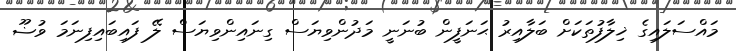
މައްސަލައިގެ ޚިލާފުތަކަށް ބަލާއިރު ޙަނަފީން ބުނަނީ މަދުންވިޔަސް ގިނައިންވިޔަސް ލޭ ފައިބައިފިނަމަ ވުޟޫ